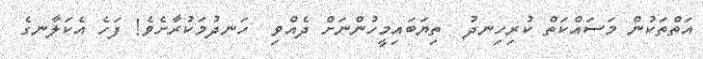
އަތްތަކުން މަސައްކަތް ކުރިހިނދު  ތިޔަބައިމީހުންނަށް ދެއްވި  ހަނދުމަކުރާށެވެ! ފަހެ އެކަލާނގެ